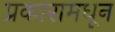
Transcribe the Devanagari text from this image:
प्रकारामधून